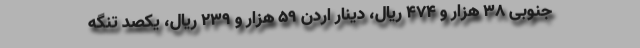
جنوبی ۳۸ هزار و ۴۷۴ ریال، دینار اردن ۵۹ هزار و ۲۳۹ ریال، یکصد تنگه